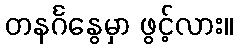
တနင်္ဂနွေမှာ ဖွင့်လား။